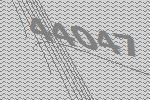
44047